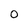
Character: 0